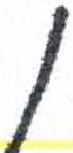
אות: ו